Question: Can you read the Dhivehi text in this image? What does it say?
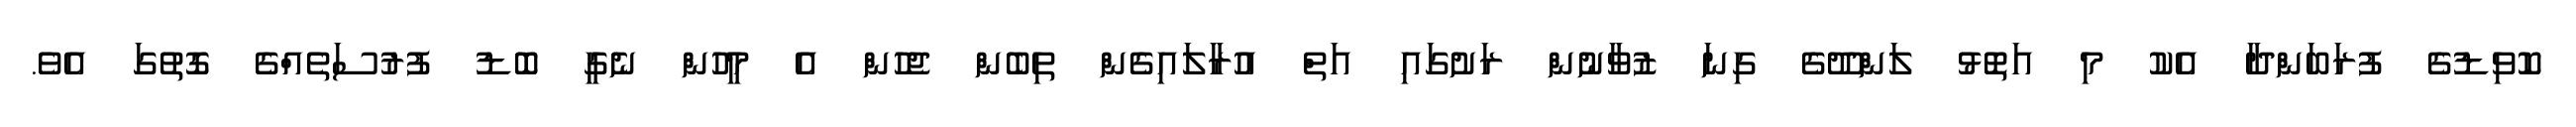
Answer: ކޮވިޑުގެ ފުރަބަންދާ އެކު މި އަތޮޅު ލަންދޫގެ ގިނަ ޒުވާނުން ރަށުގައި އަތް އުރާލައިގެން ތިބެން ޖެހުން އެ މީހުން ނެގީ ބޮޑު ފުރުސަތެއްގެ ގޮތުގަ އެވެ.